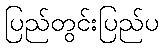
ပြည်တွင်းပြည်ပ